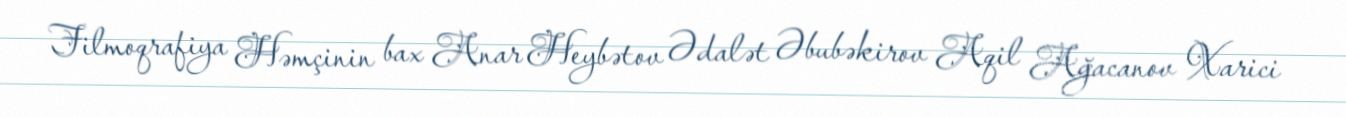
Filmoqrafiya Həmçinin bax Anar Heybətov Ədalət Əbubəkirov Aqil Ağacanov Xarici